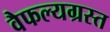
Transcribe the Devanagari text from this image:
वैफल्यग्रस्त